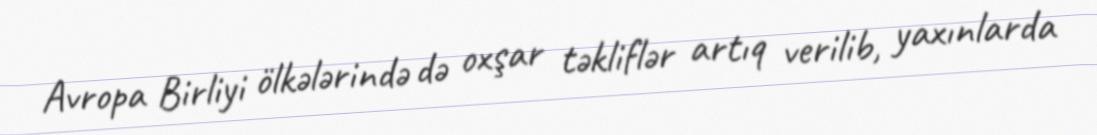
Avropa Birliyi ölkələrində də oxşar təkliflər artıq verilib, yaxınlarda